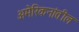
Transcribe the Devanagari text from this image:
अमेरिकनांतील